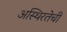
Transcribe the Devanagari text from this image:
अस्थिरतेची